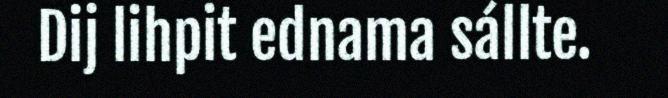
Dij lihpit ednama sállte.